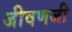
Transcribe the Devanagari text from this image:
जीवणजी